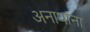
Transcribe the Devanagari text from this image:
अनाथांना